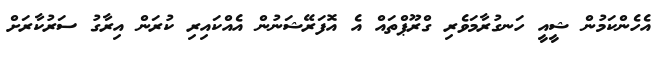
އެހެންކަމުން ޝީއީ ހަނގުރާމަވެރި ގްރޫޕްތައް އެ އޮފަރޭޝަނުން އެއްކައިރި ކުރަން އިރާގު ސަރުކާރަށް